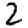
Digit: 2